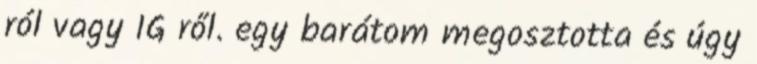
ról vagy IG ről. egy barátom megosztotta és úgy